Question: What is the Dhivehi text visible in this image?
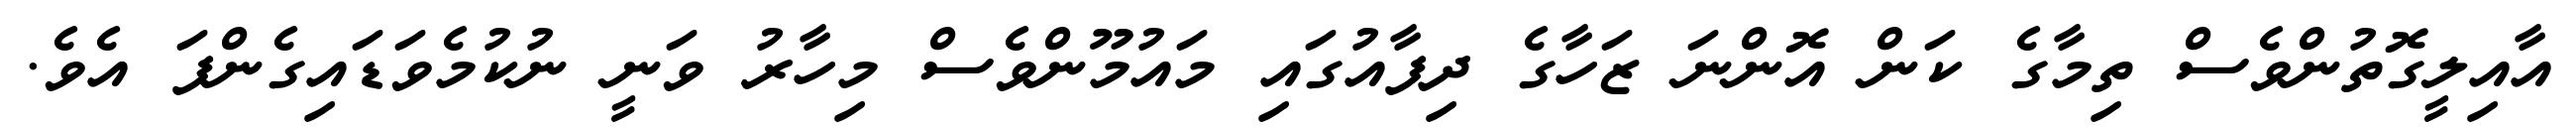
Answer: އާއިލީގޮތުންވެސް ތިމާގެ ކަން އޮންނަ ޒަހާގެ ދިފާއުގައި މައުމޫންވެސް މިހާރު ވަނީ ނުކުމެވަޑައިގެންފަ އެވެ.